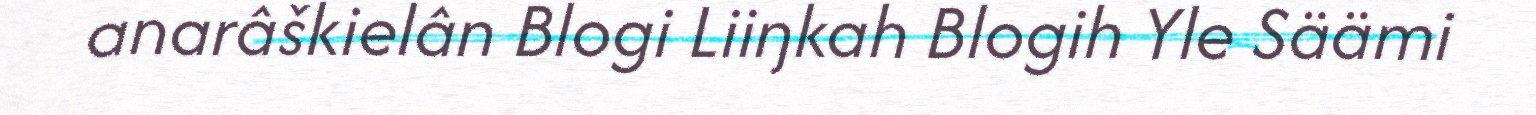
anarâškielân Blogi Liiŋkah Blogih Yle Säämi